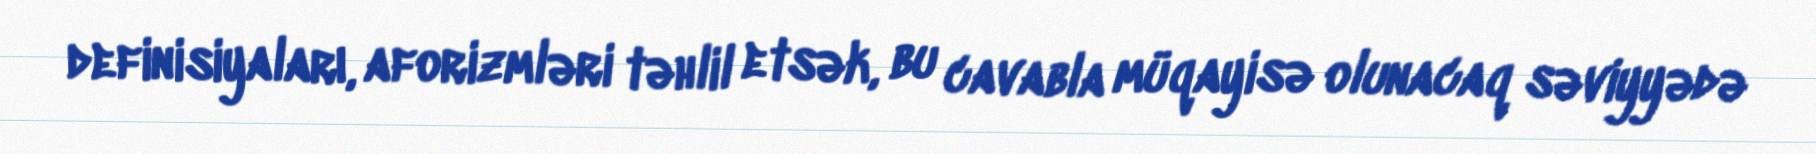
definisiyaları, aforizmləri təhlil etsək, bu cavabla müqayisə olunacaq səviyyədə